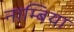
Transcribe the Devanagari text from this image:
नाम्बिया